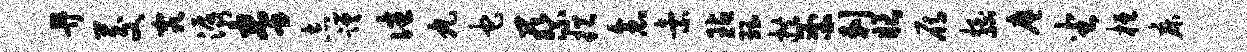
畀茭究潺拳志蹉往丸它蔡挹念索玷珏拱釜剌眼雁拍北廖坐桓床